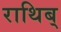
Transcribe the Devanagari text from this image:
राथिब्